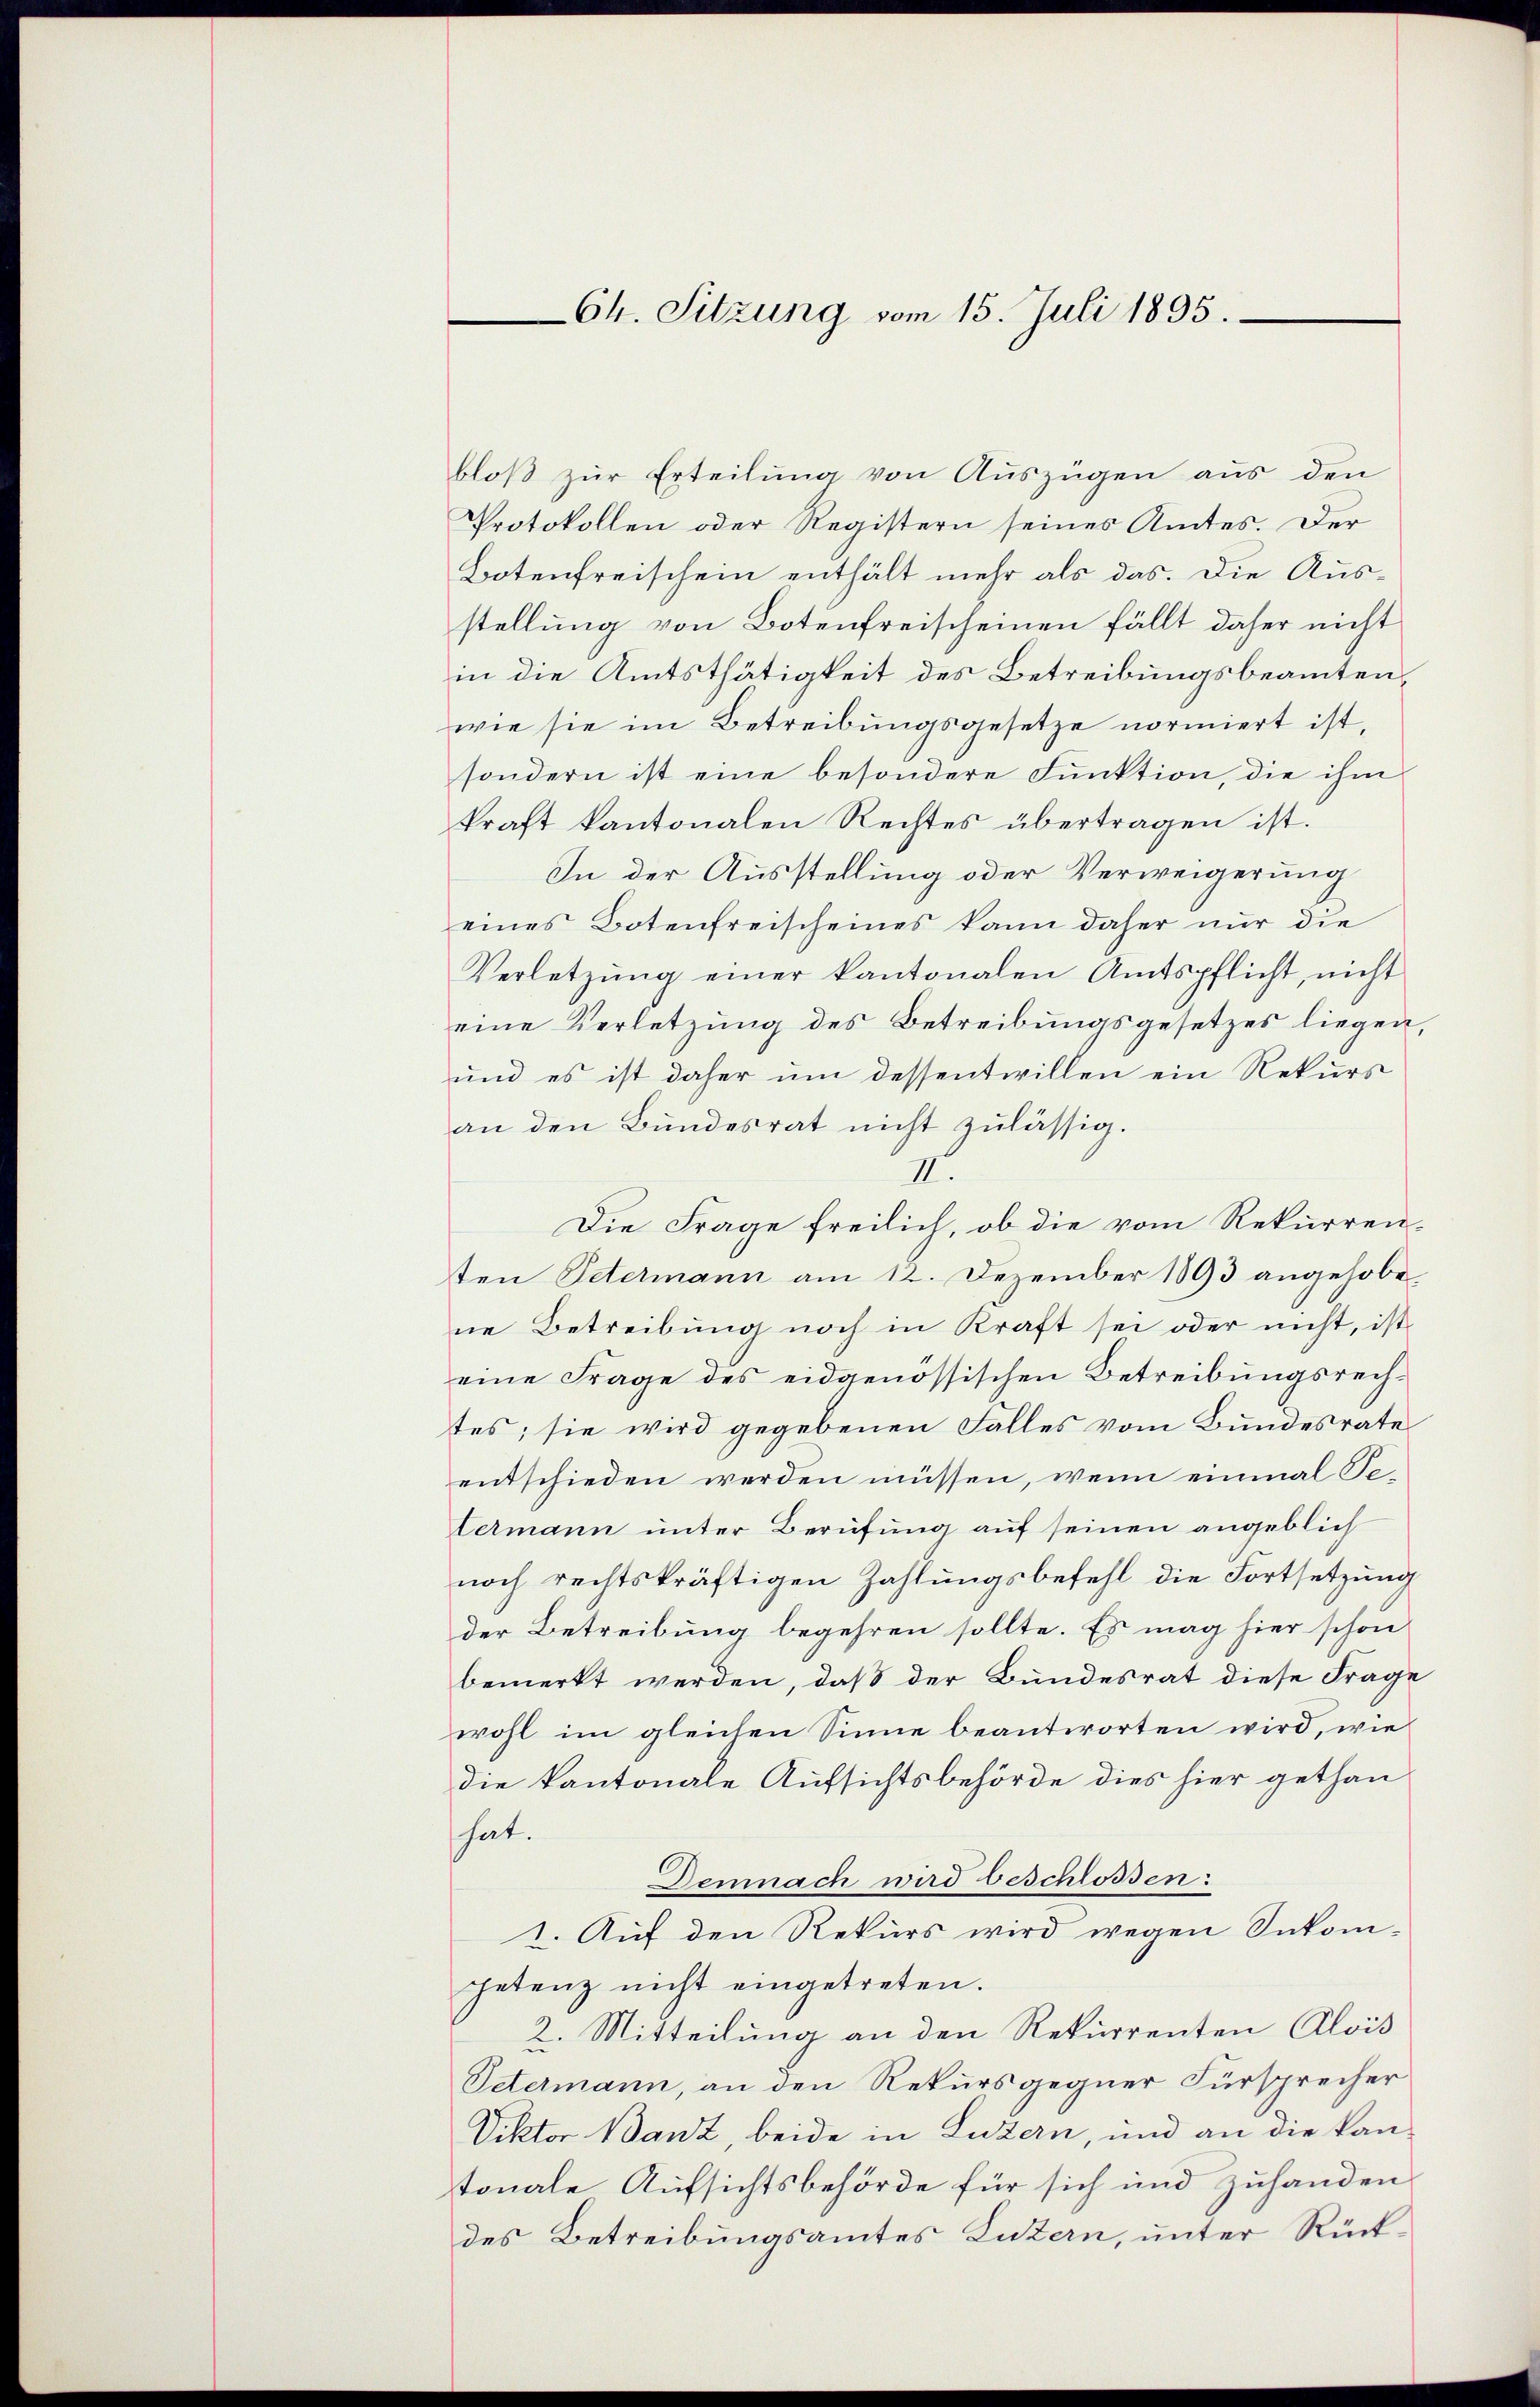
Ch. Sitzung vom 15. Juli 1895.

bloβ zŭr Erteilŭng von Auszügen aus den
Protokollen oder Registern seines Amtes. Der
Botenfreischein enthält mehr als das. Die Ausstellung von Botenfreischeinen fällt daher nicht
in die Amtsthätigkeit des Betreibungsbeamten,
wie sie im Betreibungsgesetze normiert ist,
sondern ist eine besondere Funktion, die ihm
kraft kantonalen Rechtes übertragen ist.
In der Ausstellung oder Verweigerung
eines Botenfreischeines kann daher nur die
Verletzŭng einer kantonalen Amtspflicht, nicht
eine Verletzung des Betreibungsgesetzes liegen,
und es ist daher um dessentwillen ein Rekurs
an den Bundesrat nicht zulässig.
II
Die Frage freilich, ob die vom Rekurren-
ten Petermann am 12. Dezember 1893 angehobe
ne Betreibung noch in Kraft sei oder nicht, ist
eine Frage des eidgenössischen Betreibungsrech-
tes; sie wird gegebenen Falles vom Bundesrate
entschieden werden müssen, wenn einmal Tetermann unter Berufung auf seinen angeblich
noch rechtskräftigen Zahlungsbefehl die Fortsetzung
der Betreibung begehren sollte. Es mag hier schon
bemerkt werden, daß der Bundesrat diese Frage
wohl im gleichen Sinne beantworten wird, wie
die kantonale Aufsichtsbehörde dies hier gethan
hat.
Demnach wird beschlossen:
I. Auf den Rekurs wird wegen Inkom-
petenz nicht eingetreten.
2. Mitteilung an den Rekurrenten Alois
Vetermann, an den Rekursgegner Fürsprecher
Viktor Banz, beide in Luzern, und an die kantonale Aufsichtsbehörde für sich und zuhanden
des Betreibungsamtes Luzern, unter Rück¬